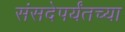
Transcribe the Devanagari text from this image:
संसदेपर्यंतच्या